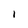
Character: 1